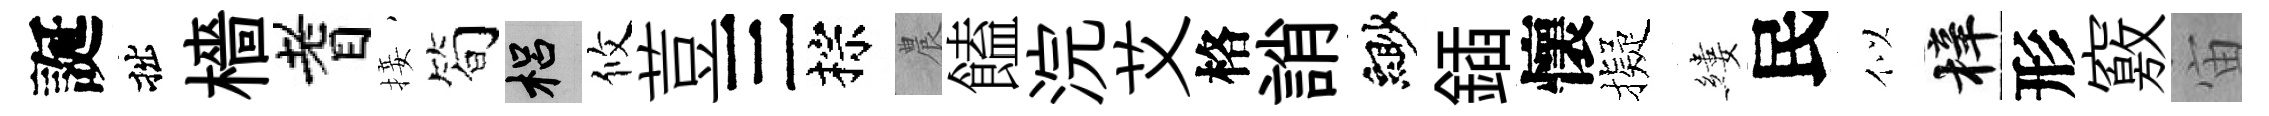
誕拙檣耆接筍梠攸荳三棕農饁浣艾格誚緲鍤懷擬縷民似梓形竅宙